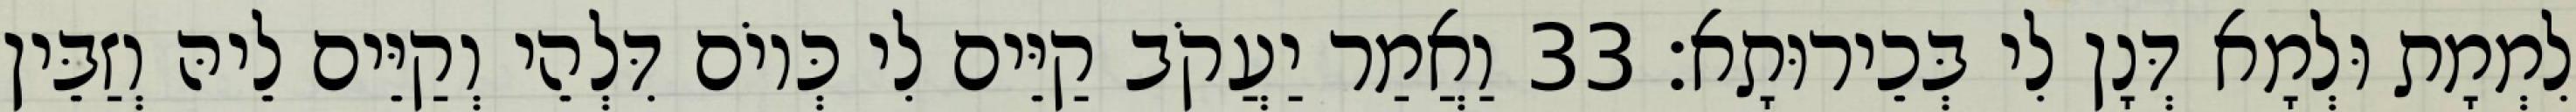
לִמְמָת וּלְמָא דְּנָן לִי בְּכֵירוּתָא׃ 33 וַאֲמַר יַעֲקֹב קַיֵּים לִי כְּיוֹם דִּלְהֵי וְקַיֵּים לֵיהּ וְזַבֵּין